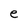
Character: e